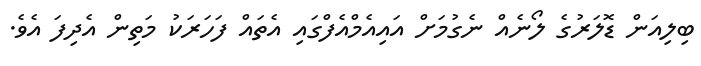
ބިލިއަން ޑޮލަރުގެ ލޯނެއް ނެގުމަށް އައިއެމްއެފްގައި އެތައް ފަހަރަކު މަތިން އެދިފަ އެވެ.